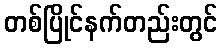
တစ်ပြိုင်နက်တည်းတွင်